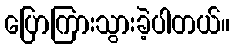
ပြောကြားသွားခဲ့ပါတယ်။